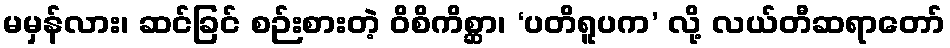
မမှန်လား၊ ဆင်ခြင် စဉ်းစားတဲ့ ဝိစိကိစ္ဆာ၊ ‘ပတိရူပက’ လို့ လယ်တီဆရာတော်